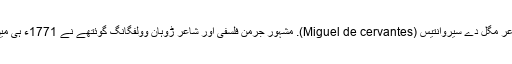
یہ ہیں انگریز ڈرامہ نگار ولیم شیکسپیئر اور ہسپانوی شاعر مِگل دے سیروانتیس (Miguel de cervantes). مشہور جرمن فلسفی اور شاعر ڑوہان وولفگانگ گوئتھے نے 1771ء ہی میں مطالبہ کیا تھا کہ شیکسپیئر کی یاد منائی جانی چاہیے۔